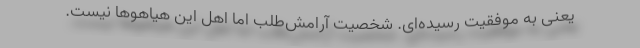
یعنی به موفقیت رسیده‌ای. شخصیت آرامش‌طلب اما اهل این هیاهوها نیست.